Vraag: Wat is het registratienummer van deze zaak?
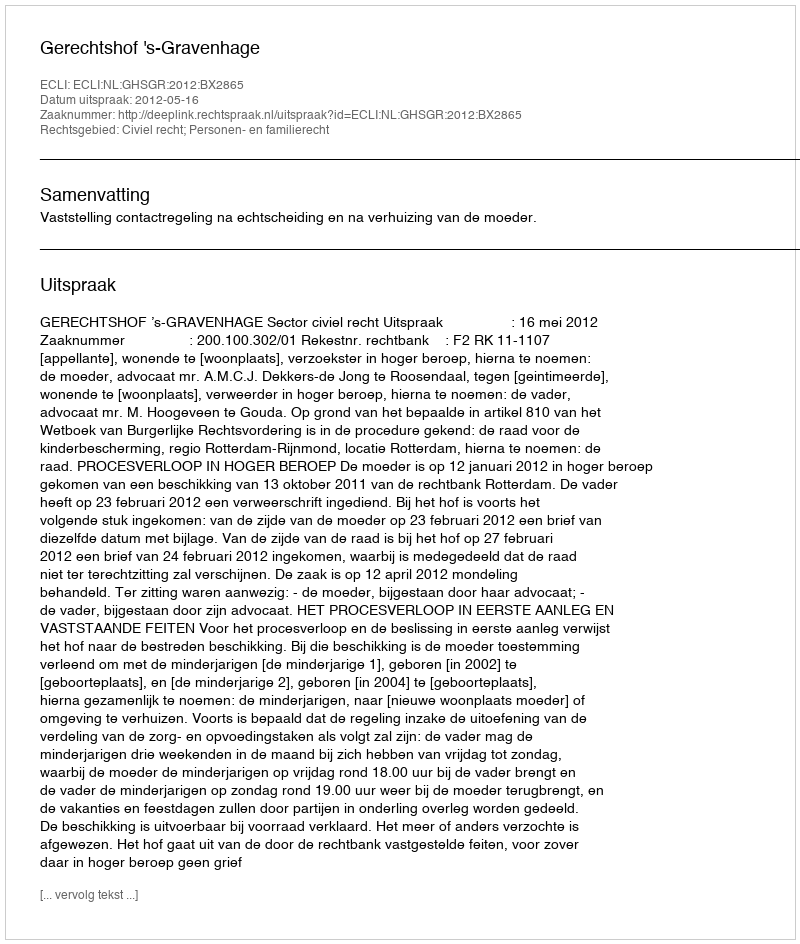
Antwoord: http://deeplink.rechtspraak.nl/uitspraak?id=ECLI:NL:GHSGR:2012:BX2865